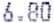
6.80